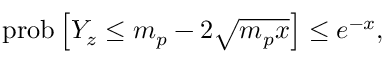
\mathrm { p r o b } \left[ Y _ { z } \leq m _ { p } - 2 \sqrt { m _ { p } x } \right] \leq e ^ { - x } ,